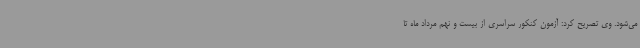
می‌شود. وی تصریح کرد: آزمون کنکور سراسری از بیست و نهم مرداد ماه تا